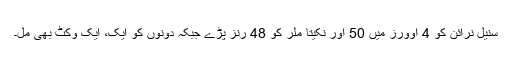
سنیل نرائن کو 4 اوورز میں 50 اور نکیتا ملر کو 48 رنز پڑے جبکہ دونوں کو ایک، ایک وکٹ بھی مل۔